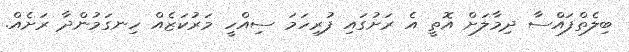
ބިލެތްފައްސާ ދިމާލަށް އޮތީ އެ ރަށުގައި ފުރިހަމަ ސިއްހީ މަރުކަޒެއް ހިނގަމުންދާ ރަށެއް.